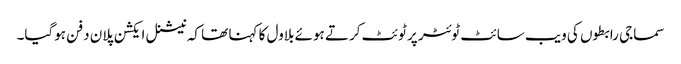
سماجی رابطوں کی ویب سائٹ ٹوئٹر پر ٹوئٹ کرتے ہوئے بلاول کا کہنا تھا کہ نیشنل ایکشن پلان دفن ہوگیا۔